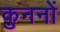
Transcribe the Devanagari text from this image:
कुननों